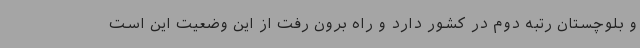
و بلوچستان رتبه دوم در کشور دارد و راه برون رفت از این وضعیت این است